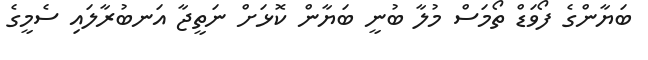
ބަޔާންގެ ފޯވަޑް ތޯމަސް މުލާ ބުނީ ބަޔާން ކޮޅަށް ނަތީޖާ އަނބުރާލައި ސެމީގެ